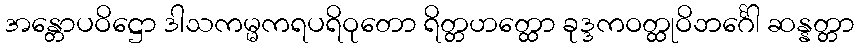
အန္တောပဝိဋ္ဌော ဒါသကမ္မကရပရိဝုတော ရိတ္တဟတ္ထော ခုဒ္ဒကဝတ္ထုဝိဘင်္ဂေါ ဆန္နတ္တာ